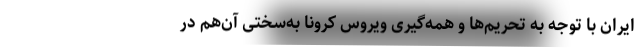
ایران با توجه به تحریم‌ها و همه‌گیری ویروس کرونا به‌سختی آن‌هم در